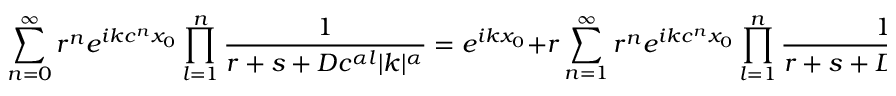
\sum _ { n = 0 } ^ { \infty } r ^ { n } e ^ { i k c ^ { n } x _ { 0 } } \prod _ { l = 1 } ^ { n } \frac { 1 } { r + s + D c ^ { \alpha l } | k | ^ { \alpha } } = e ^ { i k x _ { 0 } } + r \sum _ { n = 1 } ^ { \infty } r ^ { n } e ^ { i k c ^ { n } x _ { 0 } } \prod _ { l = 1 } ^ { n } \frac { 1 } { r + s + D c ^ { \alpha l } | k | ^ { \alpha } } ,